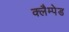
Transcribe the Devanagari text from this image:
क्लैम्पेड